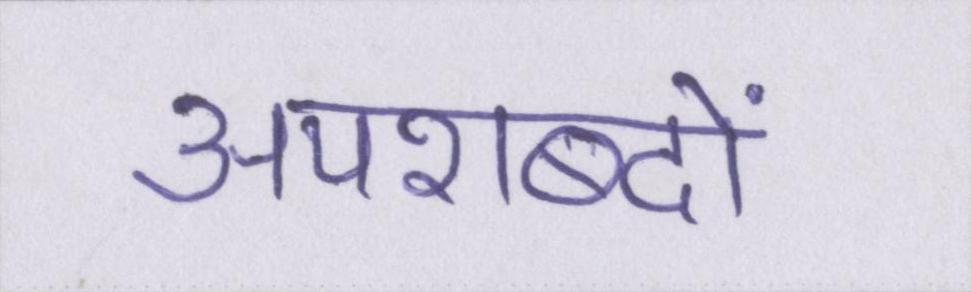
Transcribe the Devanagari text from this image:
अपशब्दों